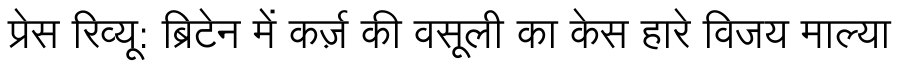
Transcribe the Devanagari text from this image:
प्रेस रिव्यू: ब्रिटेन में कर्ज़ की वसूली का केस हारे विजय माल्या